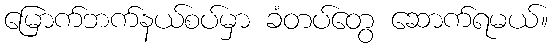
မြောက်ဘက်နယ်စပ်မှာ ခံတပ်တွေ ဆောက်ရမယ်။